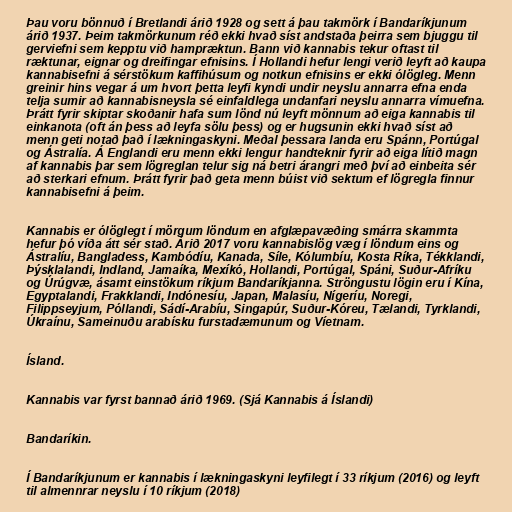
Þau voru bönnuð í Bretlandi árið 1928 og sett á þau takmörk í Bandaríkjunum
árið 1937. Þeim takmörkunum réð ekki hvað síst andstaða þeirra sem bjuggu til
gerviefni sem kepptu við hampræktun. Bann við kannabis tekur oftast til
ræktunar, eignar og dreifingar efnisins. Í Hollandi hefur lengi verið leyft að kaupa
kannabisefni á sérstökum kaffihúsum og notkun efnisins er ekki ólögleg. Menn
greinir hins vegar á um hvort þetta leyfi kyndi undir neyslu annarra efna enda
telja sumir að kannabisneysla sé einfaldlega undanfari neyslu annarra vímuefna.
Þrátt fyrir skiptar skoðanir hafa sum lönd nú leyft mönnum að eiga kannabis til
einkanota (oft án þess að leyfa sölu þess) og er hugsunin ekki hvað síst að
menn geti notað það í lækningaskyni. Meðal þessara landa eru Spánn, Portúgal
og Ástralía. Á Englandi eru menn ekki lengur handteknir fyrir að eiga lítið magn
af kannabis þar sem lögreglan telur sig ná betri árangri með því að einbeita sér
að sterkari efnum. Þrátt fyrir það geta menn búist við sektum ef lögregla finnur
kannabisefni á þeim.

Kannabis er ólöglegt í mörgum löndum en afglæpavæðing smárra skammta
hefur þó víða átt sér stað. Árið 2017 voru kannabislög væg í löndum eins og
Ástralíu, Bangladess, Kambódíu, Kanada, Síle, Kólumbíu, Kosta Ríka, Tékklandi,
Þýsklalandi, Indland, Jamaíka, Mexíkó, Hollandi, Portúgal, Spáni, Suður-Afríku
og Úrúgvæ, ásamt einstökum ríkjum Bandaríkjanna. Ströngustu lögin eru í Kína,
Egyptalandi, Frakklandi, Indónesíu, Japan, Malasíu, Nígeríu, Noregi,
Filippseyjum, Póllandi, Sádí-Arabíu, Singapúr, Suður-Kóreu, Tælandi, Tyrklandi,
Úkraínu, Sameinuðu arabísku furstadæmunum og Víetnam.

Ísland.

Kannabis var fyrst bannað árið 1969. (Sjá Kannabis á Íslandi)

Bandaríkin.

Í Bandaríkjunum er kannabis í lækningaskyni leyfilegt í 33 ríkjum (2016) og leyft
til almennrar neyslu í 10 ríkjum (2018)